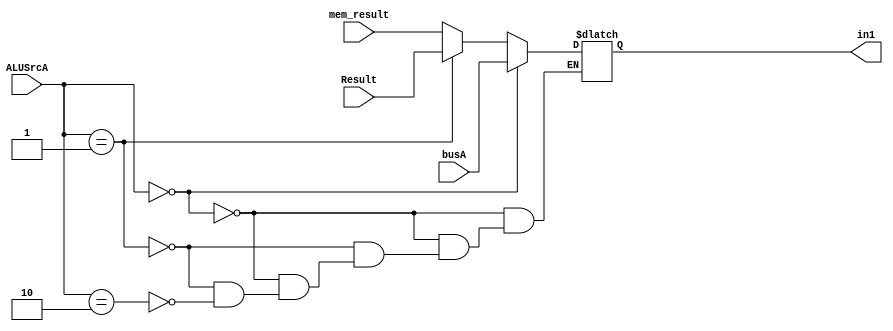
module alu_in1_mux (
    busA,Result,mem_result,ALUSrcA,
    in1
);

input[31:0] busA,Result,mem_result;
input[1:0] ALUSrcA;
output reg[31:0] in1;

initial begin
    in1=0;
end

always @(*) begin
    if(ALUSrcA==2'b00)begin
        in1=busA;
    end
    else if(ALUSrcA==2'b01)begin
        in1=Result;
    end
    else if(ALUSrcA==2'b10)begin
        in1=mem_result;
    end
end
endmodule

module alu_in2_mux (
    busB,Result,mem_result,imm32,ALUSrcB,
    in2
);

input[31:0] busB,Result,mem_result,imm32;
input[1:0] ALUSrcB;
output reg[31:0] in2;

initial begin
    in2=0;
end

always @(*) begin
    if(ALUSrcB==2'b00)begin
        in2=busB;
    end
    else if(ALUSrcB==2'b01)begin
        in2=Result;
    end
    else if(ALUSrcB==2'b10)begin
        in2=mem_result;
    end
    else if(ALUSrcB==2'b11)begin
        in2=imm32;
    end
end

endmodule